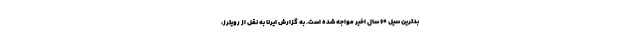
بدترین سیل ۶۰ سال اخیر مواجه شده است. به گزارش ایرنا به نقل از رویترز،